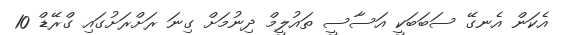
އެކަން އެނގޭ ސަބަބަކީ އަސާސީ ތައުލީމް ދިނުމަށް ގިނަ ރަށްރަށުގައި ގްރޭޑް 10